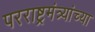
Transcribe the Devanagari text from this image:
परराष्ट्रमंत्र्यांच्या